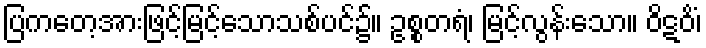
ပြကတေ့အားဖြင့်မြင့်သောသစ်ပင်၌။ ဥစ္စတရံ၊ မြင့်လွန်းသော။ ဝိဋဝိံ၊